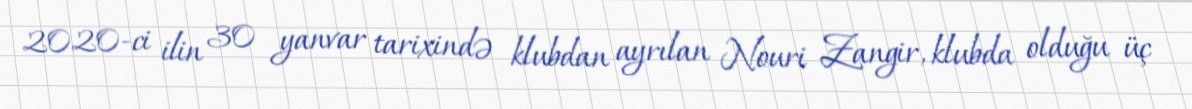
2020-ci ilin 30 yanvar tarixində klubdan ayrılan Nouri Zangir, klubda olduğu üç